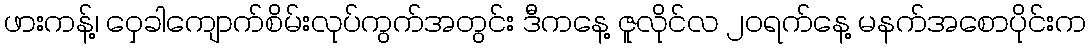
ဖားကန့်၊ ဝှေခါကျောက်စိမ်းလုပ်ကွက်အတွင်း ဒီကနေ့ ဇူလိုင်လ ၂၀ရက်နေ့ မနက်အစောပိုင်းက